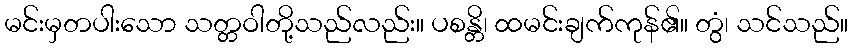
မင်းမှတပါးသော သတ္တဝါတို့သည်လည်း။ ပစန္တိ၊ ထမင်းချက်ကုန်၏။ တွံ၊ သင်သည်။